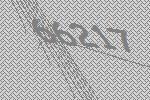
66217